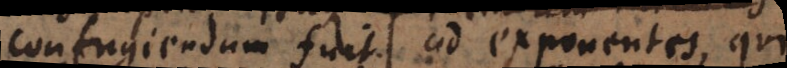
confugiendum fuit ad exponentes, qui